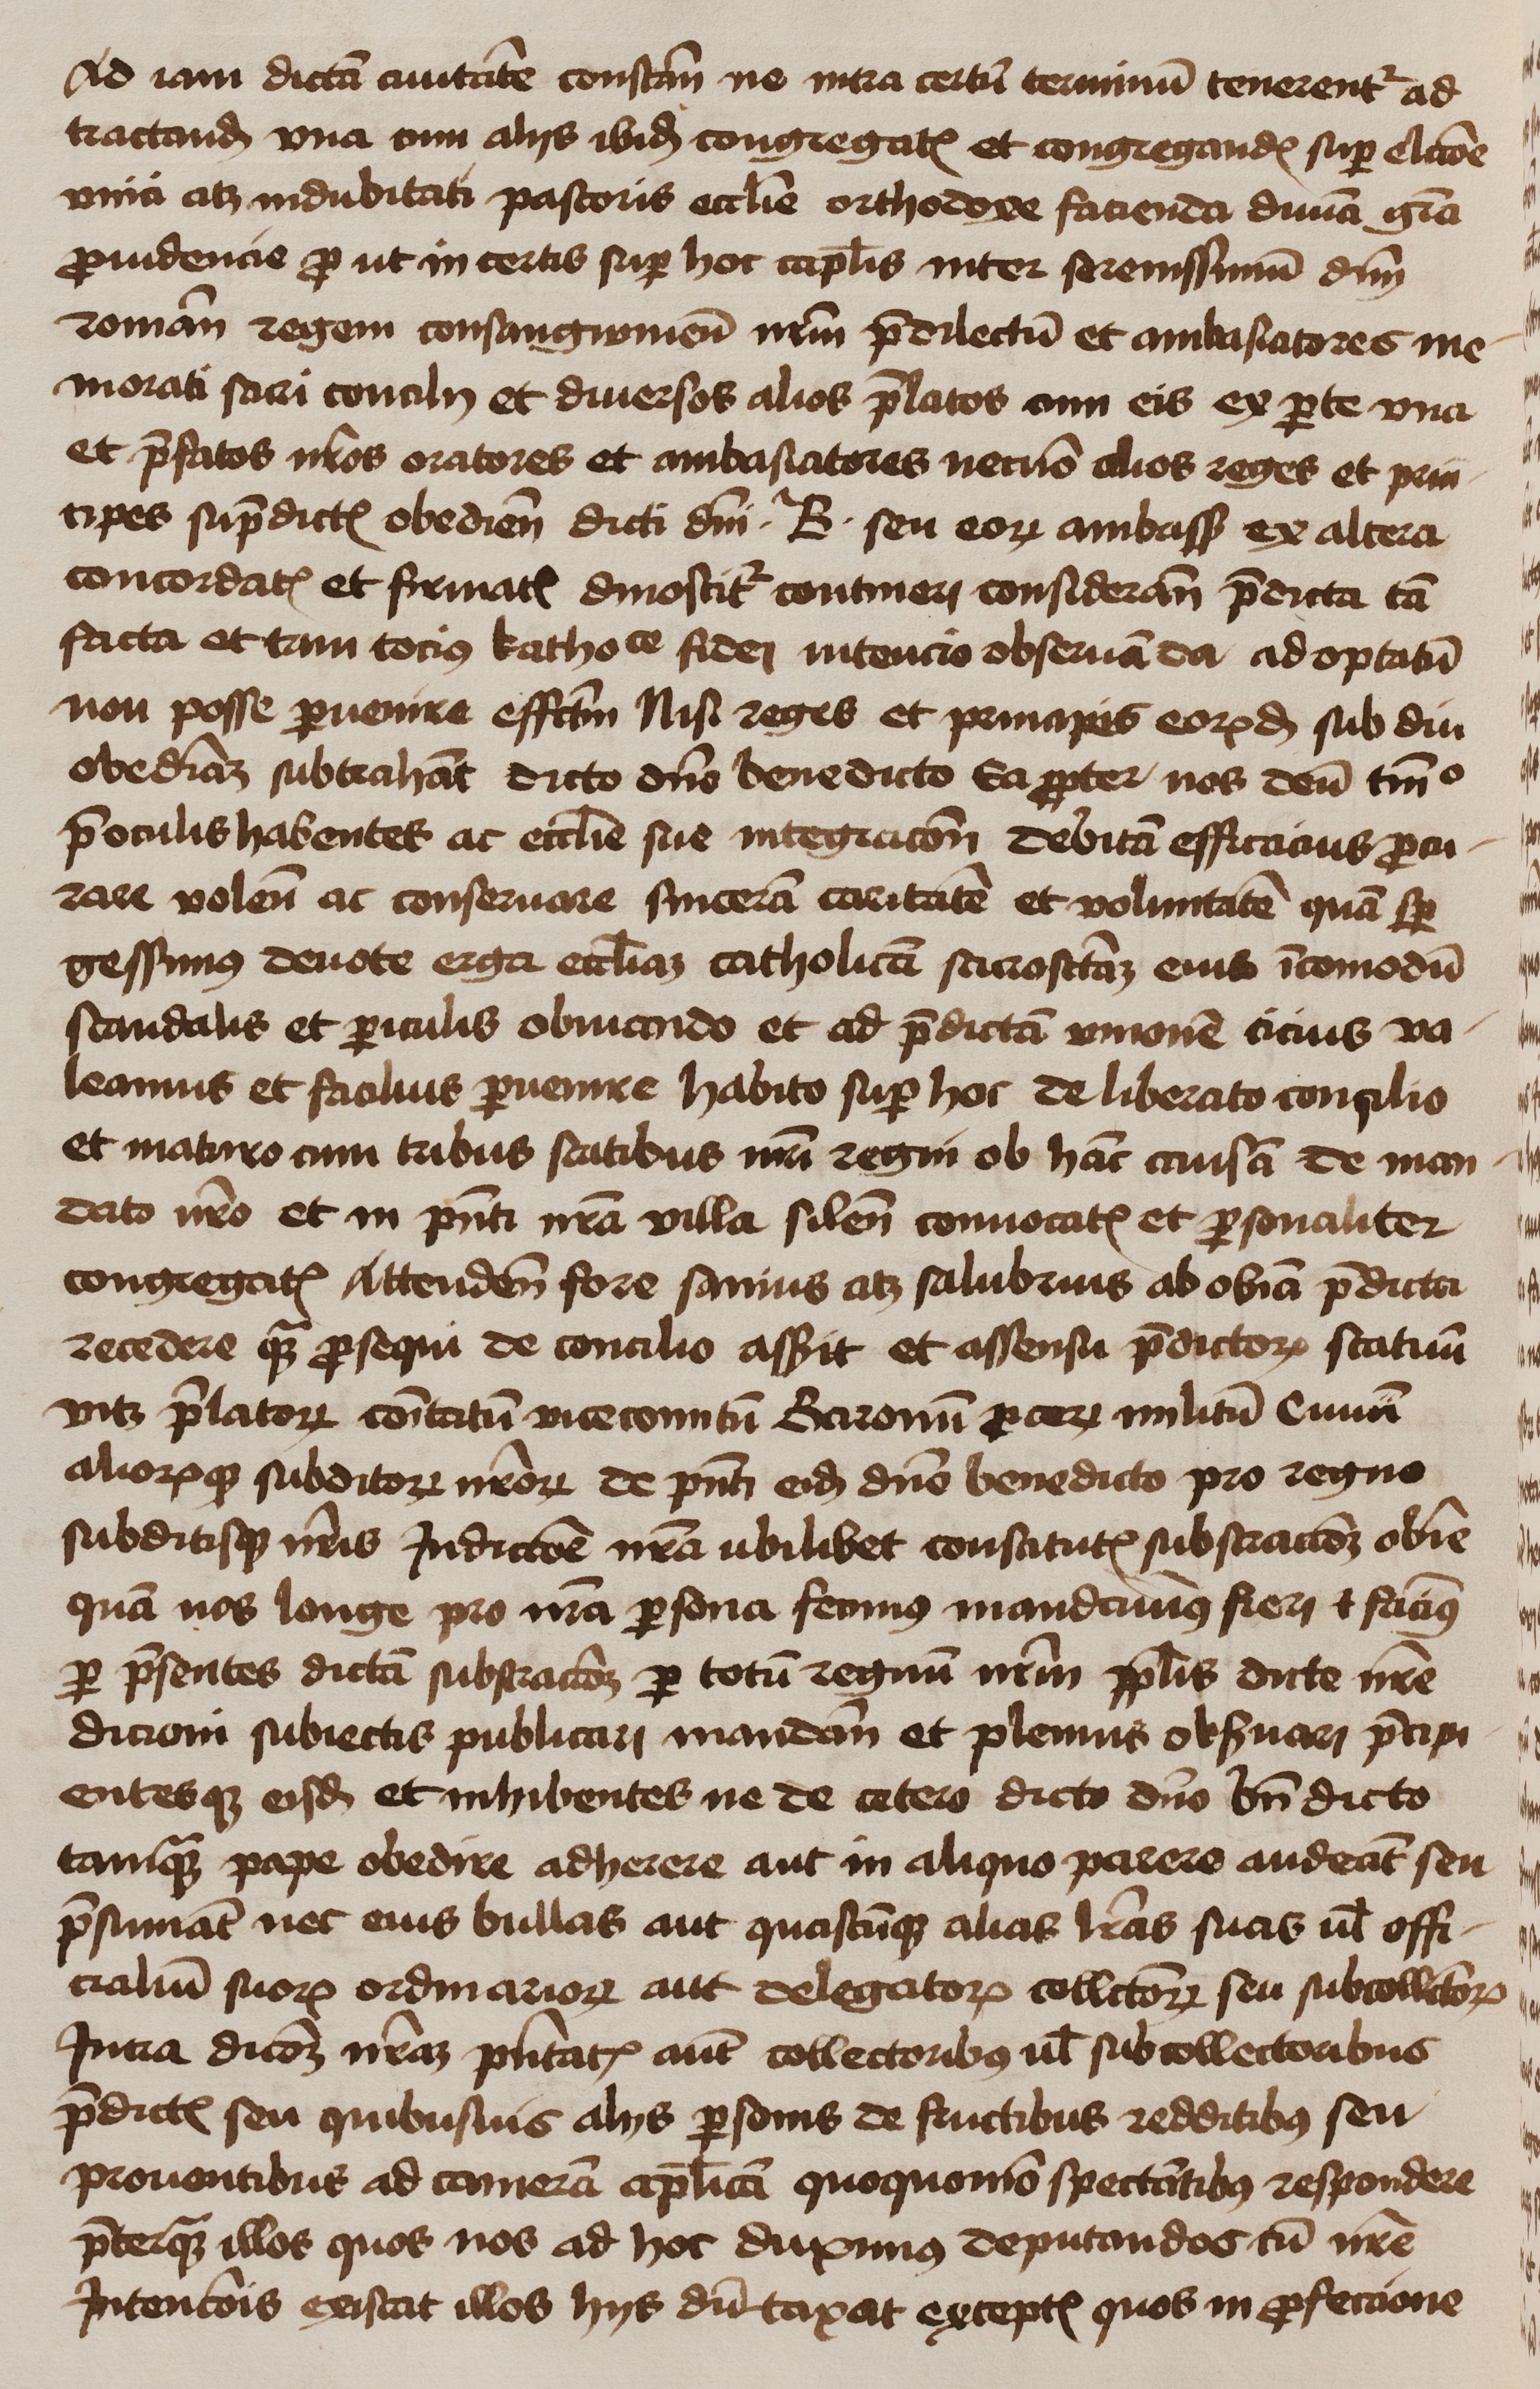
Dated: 1450–1474